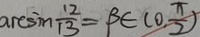
\arcsin \frac { 1 2 } { 1 3 } = \beta \in ( 0 . \frac { \pi } { 2 } )